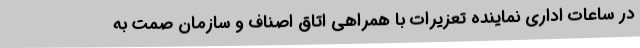
در ساعات اداری نماینده تعزیرات با همراهی اتاق اصناف و سازمان صمت به